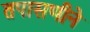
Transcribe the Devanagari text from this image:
तपासणीने